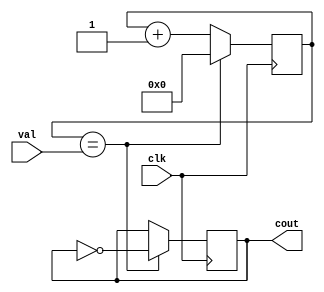
module frq1divmod1(clk, val, cout);

input wire clk;
input wire [24:0] val;
output reg cout;

reg [24:0] cnt;
//reg [24:0] saved_val;

initial begin
	cnt <= 0;
	//saved_val <= val;
end

always @ (posedge clk) begin
    if(cnt==val) begin
       cnt <= 0;
		 cout <= ~cout;
		 //saved_val <= val;
    end else
       cnt <= cnt + 1'b1;
end 

endmodule